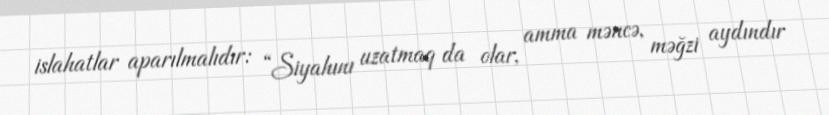
islahatlar aparılmalıdır: “Siyahını uzatmaq da olar, amma məncə, məğzi aydındır